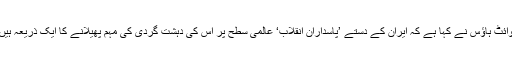
وائٹ ہاؤس نے کہا ہے کہ ایران کے دستے ’پاسداران انقلاب‘ عالمی سطح پر اس کی دہشت گردی کی مہم پھیلانے کا ایک ذریعہ ہیں۔